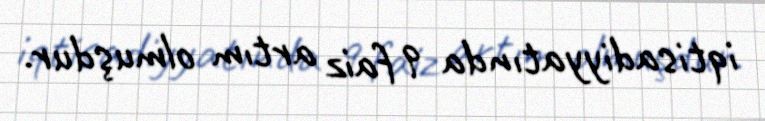
iqtisadiyyatında 9 faiz artım olmuşdur.